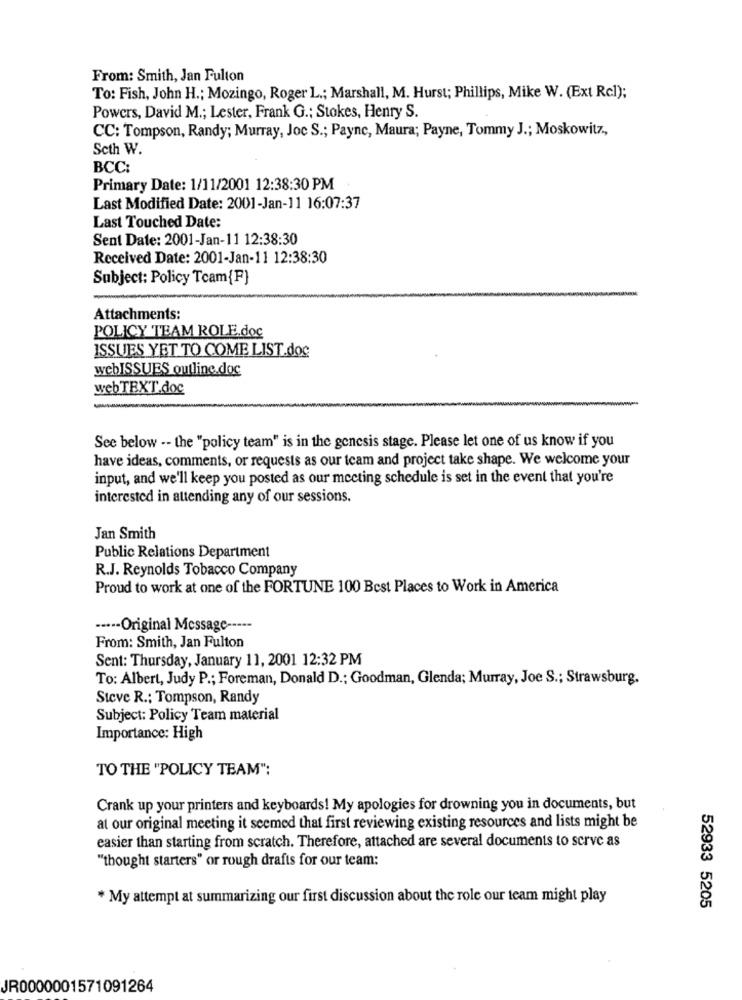
From: Smith, Jan Fulton
To: Fish, John H .; Mozingo, Roger L .; Marshall, M. Hurst; Phillips, Mike W. (Ext Rcl);
Powers, David M .; Lester, Frank G .: Stokes, Henry S.
CC: Tompson, Randy; Murray, Joc S .; Payne, Maura; Payne, Tommy J .; Moskowitz,
Seth W.
BCC:
Primary Date: 1/11/2001 12:38:30 PM
Last Modified Date: 2001-Jan-11 16:07:37
Last Touched Date:
Sent Date: 2001-Jan-11 12:38:30
Received Date: 2001-Jan-11 12:38:30
Subject: Policy Team{F}
Attachments:
POLICY TEAM ROLE.doc
ISSUES YET TO COME LIST.doc
webISSUES outline.doc
webTEXT.doc
See below -- the "policy team" is in the genesis stage. Please let one of us know if you
have ideas, comments, or requests as our team and project take shape. We welcome your
input, and we'll keep you posted as our meeting schedule is set in the event that you're
interested in attending any of our sessions.
Jan Smith
Public Relations Department
R.J. Reynolds Tobacco Company
Proud to work at one of the FORTUNE 100 Best Places to Work in America
···-- Original Message -----
From: Smith, Jan Fulton
Sent: Thursday, January 11, 2001 12:32 PM
To: Albert, Judy P .; Foreman, Donald D .: Goodman, Glenda; Murray, Joe S .; Strawsburg.
Steve R .; Tompson, Randy
Subject: Policy Team material
Importance: High
TO THE "POLICY TEAM":
Crank up your printers and keyboards! My apologies for drowning you in documents, but
at our original meeting it seemed that first reviewing existing resources and lists might be
easier than starting from scratch. Therefore, attached are several documents to serve as
"thought starters" or rough drafts for our team:
* My attempt at summarizing our first discussion about the role our team might play
52933 5205
JR0000001571091264